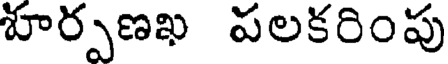
హర్పణఖ పలకరింపు